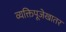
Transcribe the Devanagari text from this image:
व्यक्तिपूजेखातर